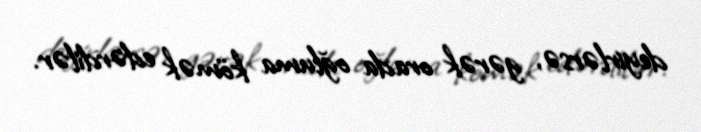
deyirlərsə, gərək orada oğluma kömək edərdilər.